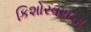
કિશોરવયના